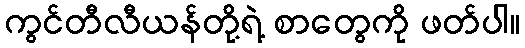
ကွင်တီလီယန်တို့ရဲ့ စာတွေကို ဖတ်ပါ။